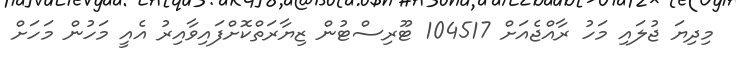
މިދިޔަ ޖުލައި މަހު ރާއްޖެއަށް 104517 ޓޫރިސްޓުން ޒިޔާރަތްކޮށްފައިވާއިރު އެއީ މަހުން މަހަށް